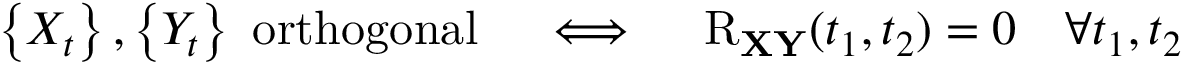
\left\{ X _ { t } \right\} , \left\{ Y _ { t } \right\} { \mathrm { ~ o r t h o g o n a l } } \quad \iff \quad \operatorname { R } _ { \mathbf { X } \mathbf { Y } } ( t _ { 1 } , t _ { 2 } ) = 0 \quad \forall t _ { 1 } , t _ { 2 }